Annual administration and progress report of the Indian Medical Department, Bombay
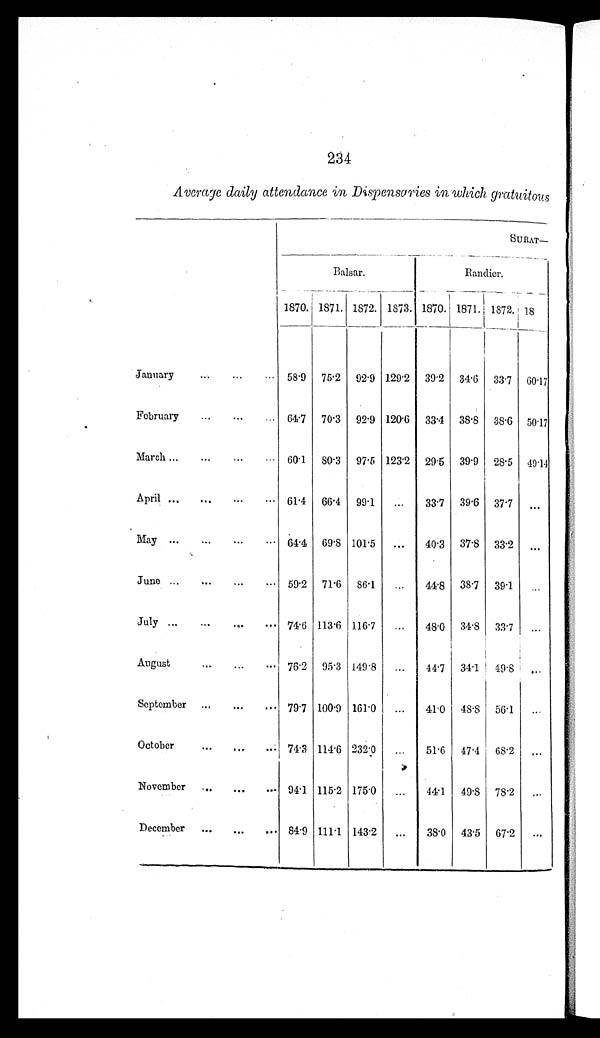
234
Average daily attendance in Dispensaries in which gratuitous
SURAT —
B a l s a r .
Randier.
1870. 1871. 1872. 1873. 1870. 1871. 1872.
1 8 7 3
January ... ... ...
58.9 75.2 92.9 129.2 39.2 34.6 33.7 60.17
February ... ...
... 64.7 70.3 92.9 120.6 33.4 38.8 38.6 50.17
March ...
...
...
... 60.1 80.3 97.5 123.2 29.5 39.9 28.5 49.14
April ...
...
...
... 61.4 66.4
9 9 . 1 ...
33.7
3 9 . 6 37.7
. . .
May ...
...
... 64.4 69.8 101.5
...
40.3 37.8 33.2
. . .
June ... ... ...
59.2 71.6 86.1
. . . 44.8 38.7 39.1
. . .
July ... ... ...
74.6
1 1 3 . 6 116.7
. . . 48.0 34.8 33.7
...
August
...
. . . 76.2 95.3 149.8
..
44.7 34.1 49.8
. . .
September ...
...
... 79.7 100.9 161.0
...
41.0 48.8 56.1
. . .
October
...
. . . 74.3 114.6 232.0
. . . 51.6 47.4 68.2
. . .
November
...
. . .
94.1 115.2 175.0
...
44.1 49.8 78.2
...
December ...
...
... 84.9 111.1 143.2
...
3 8 . 0 43.5 67.2
...